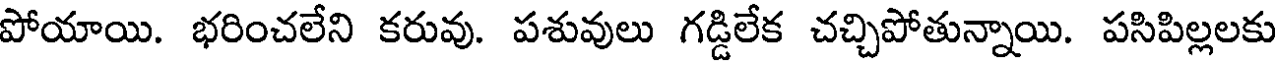
పోయాయి. భరించలేని కరువు. పశువులు గడ్డిలేక చచ్చిపోతున్నాయి. పసిపిల్లలకు